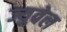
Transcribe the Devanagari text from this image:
ज्युवेल